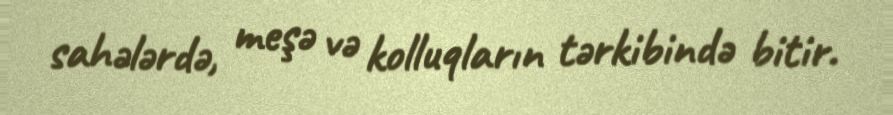
sahələrdə, meşə və kolluqların tərkibində bitir.